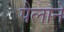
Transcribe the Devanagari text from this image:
पैलाने